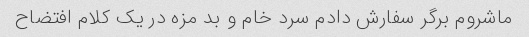
ماشروم برگر سفارش دادم سرد خام و بد مزه در یک کلام افتضاح